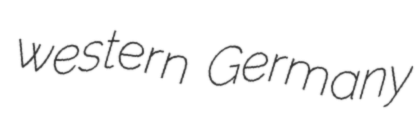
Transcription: western Germany